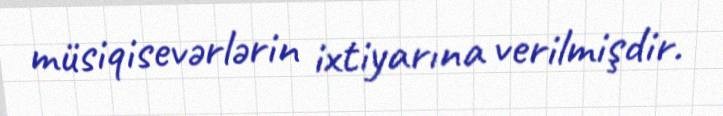
müsiqisevərlərin ixtiyarına verilmişdir.